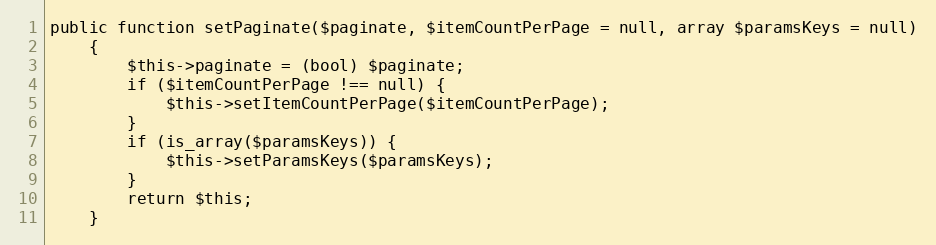
Language: PHP
public function setPaginate($paginate, $itemCountPerPage = null, array $paramsKeys = null)
    {
        $this->paginate = (bool) $paginate;
        if ($itemCountPerPage !== null) {
            $this->setItemCountPerPage($itemCountPerPage);
        }
        if (is_array($paramsKeys)) {
            $this->setParamsKeys($paramsKeys);
        }
        return $this;
    }